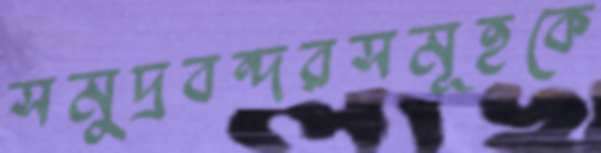
সমুদ্রবন্দরসমূহকে